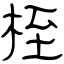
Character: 桎